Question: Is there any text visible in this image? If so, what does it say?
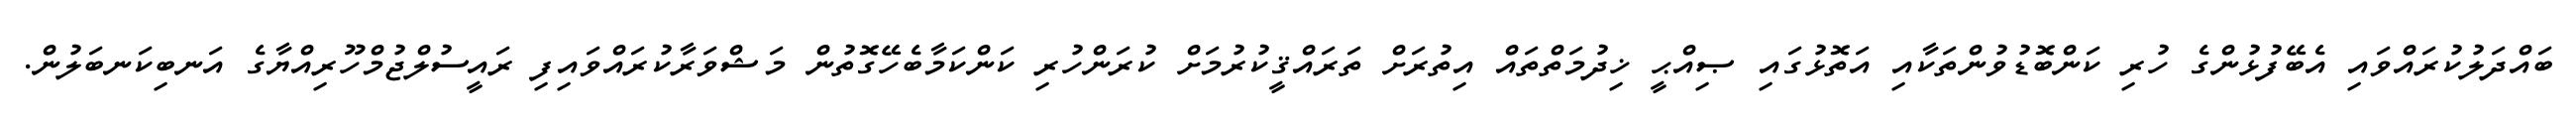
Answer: ބައްދަލުކުރައްވައި އެބޭފުޅުންގެ ހުރި ކަންބޮޑުވުންތަކާއި އަތޮޅުގައި ޞިއްޙީ ޚިދުމަތްތައް އިތުރަށް ތަރައްޤީކުރުމަށް ކުރަންހުރި ކަންކަމާބެހޭގޮތުން މަޝްވަރާކުރައްވައިފި ރައީސުލްޖުމްހޫރިއްޔާގެ އަނބިކަނބަލުން.